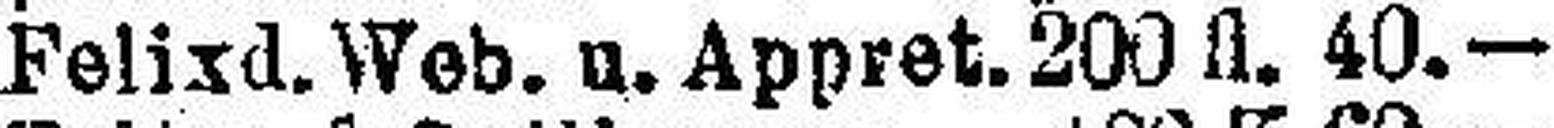
Felixd. Web. u. Appret. 200 fl. 40.—